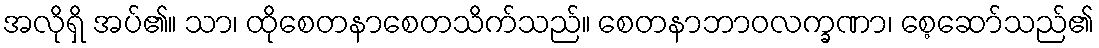
အလိုရှိ အပ်၏။ သာ၊ ထိုစေတနာစေတသိက်သည်။ စေတနာဘာဝလက္ခဏာ၊ စေ့ဆော်သည်၏